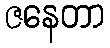
ဇနေတာ